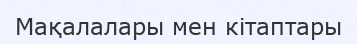
Мақалалары мен кітаптары